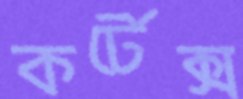
কর্টেক্স